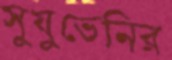
সুযুভেনির